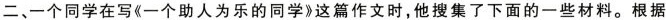
二、一个同学在写《一个助人为乐的同学》这篇作文时，他搜集了下面的一些材料。根据”